Indian journal of veterinary science and animal husbandry - Volume 8,
Year: 1938
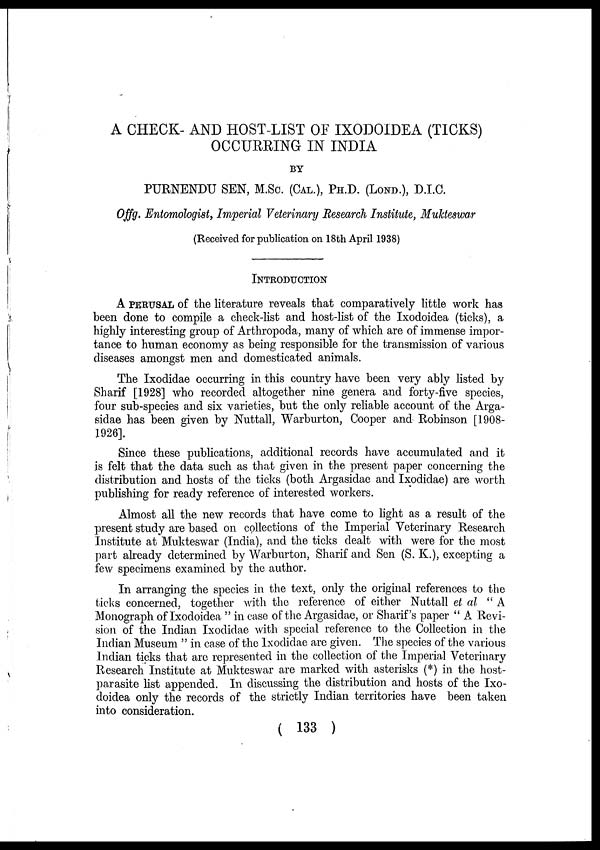
A CHECK- AND HOST-LIST OF IXODOIDEA (TICKS)
OCCURRING IN INDIA
BY
PURNENDU SEN, M.Sc. (CAL.), PH.D. (LOND.), D.I.C.
Offg. Entomologist, Imperial Veterinary Research Institute, Mukteswar
(Received for publication on 18th April 1938)
INTRODUCTION
A PERUSAL of the literature reveals that comparatively little work has
been done to compile a check-list and host-list of the Ixodoidea (ticks), a
highly interesting group of Arthropoda, many of which are of immense impor-
tance to human economy as being responsible for the transmission of various
diseases amongst men and domesticated animals.
The Ixodidae occurring in this country have been very ably listed by
Sharif [1928] who recorded altogether nine genera and forty-five species,
four sub-species and six varieties, but the only reliable account of the Arga-
sidae has been given by Nuttall, Warburton, Cooper and Robinson [1908-
1926].
Since these publications, additional records have accumulated and it
is felt that the data such as that given in the present paper concerning the
distribution and hosts of the ticks (both Argasidae and Ixodidae) are worth
publishing for ready reference of interested workers.
Almost all the new records that have come to light as a result of the
present study are based on collections of the Imperial Veterinary Research
Institute at Mukteswar (India), and the ticks dealt with were for the most
part already determined by Warburton, Sharif and Sen (S. K.), excepting a
few specimens examined by the author.
In arranging the species in the text, only the original references to the
ticks concerned, together with the reference of either Nuttall et al " A
Monograph of Ixodoidea " in case of the Argasidae, or Sharif's paper " A Revi-
sion of the Indian Ixodidae with special reference to the Collection in the
Indian Museum " in case of the Ixodidae are given. The species of the various
Indian ticks that are represented in the collection of the Imperial Veterinary
Research Institute at Mukteswar are marked with asterisks (*) in the host-
parasite list appended. In discussing the distribution and hosts of the Ixo-
doidea only the records of the strictly Indian territories have been taken
into consideration.
( 133 )